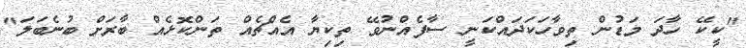
"ކީކޭ ހާދަ މަޑުން ތިވާހަކަދައްކަނީ ސާފެއްނުވޭ ތިކިޔާ އެއްޗެއް ތަންކޮޅެއް ބާރަށް ބުނެބަލަ"